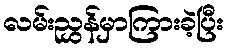
လမ်းညွှန်မှာကြားခဲ့ပြီး